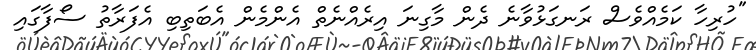
"ހުރިހާ ކަމެއްވެސް ރަނގަޅުވާނެ ދެން މާގިނަ އިރެއްނެތް އެންމެން އެބަތިބި އެފަރާތު ސޯފާގައި